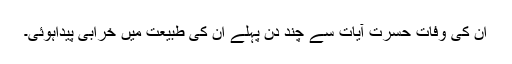
ان کی وفات حسرت آیات سے چند دن پہلے ان کی طبیعت میں خرابی پیداہوئی۔